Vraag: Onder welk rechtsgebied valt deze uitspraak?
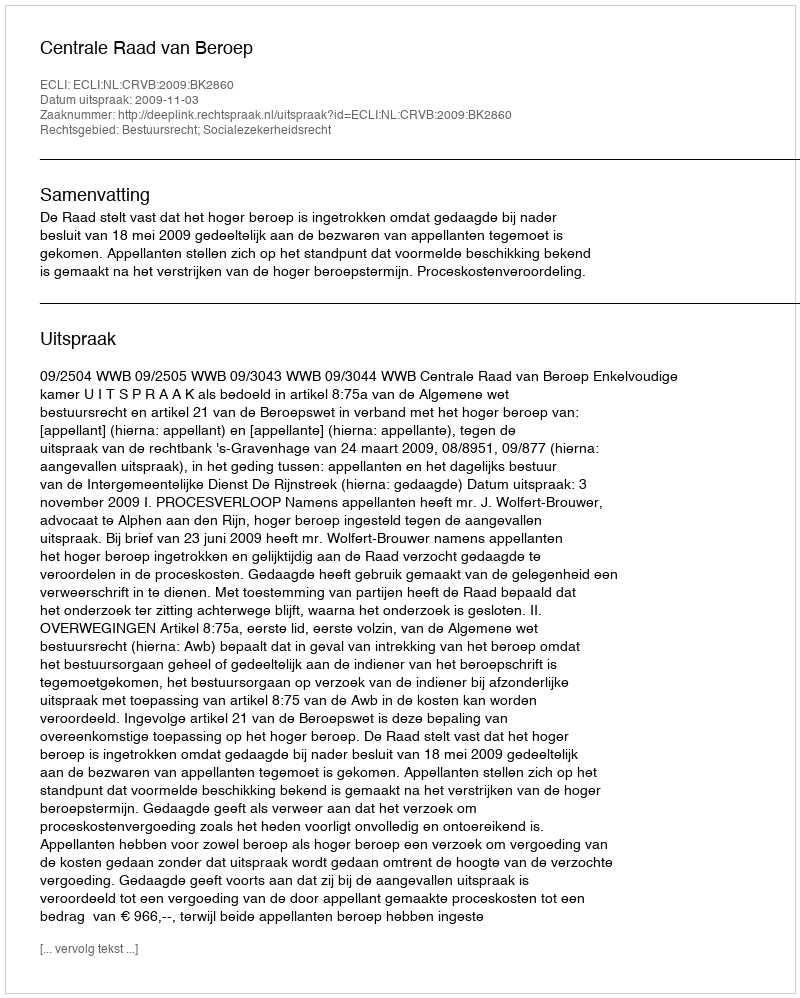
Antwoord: Bestuursrecht; Socialezekerheidsrecht